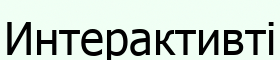
Интерактивті